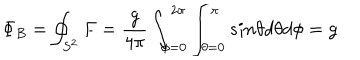
\Phi _ { B } = \oint _ { S ^ { 2 } } F = \frac { g } { 4 \pi } \int _ { \phi = 0 } ^ { 2 \pi } \int _ { \theta = 0 } ^ { \pi } s i n \theta d \theta d \phi = g